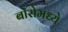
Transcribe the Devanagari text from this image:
बोरोमध्ये